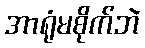
အာရုံမစိုက်ဘဲ